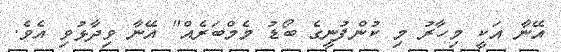
އޭނާ އަކީ މިހާރު މި ކުންފުނީގެ ބޯޑު މެމްބަރެއް" އޭނާ ވިދާޅުވި އެވެ.